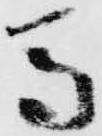
馬